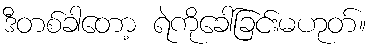
ဒီတစ်ခါတော့ ရဲကိုခေါ်ခြင်းမဟုတ်။